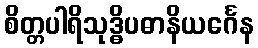
စိတ္တပါရိသုဒ္ဓိပဓာနိယင်္ဂေန